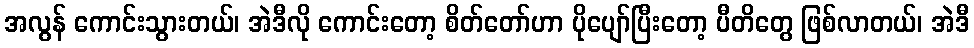
အလွန် ကောင်းသွားတယ်၊ အဲဒီလို ကောင်းတော့ စိတ်တော်ဟာ ပိုပျော်ပြီးတော့ ပီတိတွေ ဖြစ်လာတယ်၊ အဲဒီ